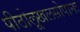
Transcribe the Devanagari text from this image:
पीठोलूखलसोपानः